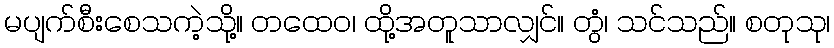
မပျက်စီးစေသကဲ့သို့။ တထေဝ၊ ထို့အတူသာလျှင်။ တွံ၊ သင်သည်။ စတုသု၊